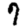
Digit: 7